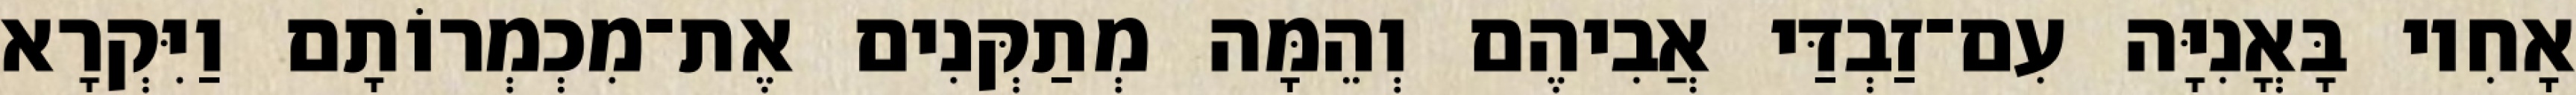
אָחִיו בָּאֳנִיָּה עִם־זַבְדַּי אֲבִיהֶם וְהֵמָּה מְתַקְּנִים אֶת־מִכְמְרוֹתָם וַיִּקְרָא